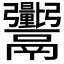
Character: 𬴼